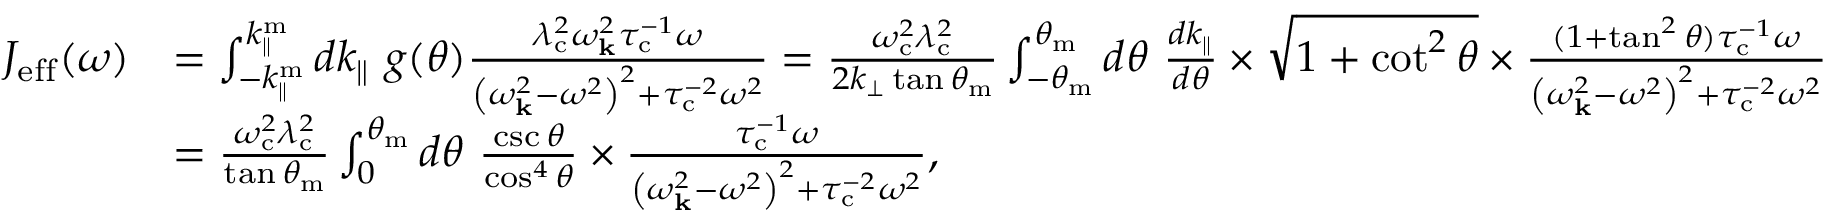
\begin{array} { r l } { J _ { \mathrm { e f f } } ( \omega ) } & { = \int _ { - k _ { \parallel } ^ { \mathrm { m } } } ^ { k _ { \parallel } ^ { \mathrm { m } } } d k _ { \parallel } ~ g ( \theta ) \frac { \lambda _ { \mathrm { c } } ^ { 2 } \omega _ { \mathbf { k } } ^ { 2 } \tau _ { \mathrm { c } } ^ { - 1 } \omega } { \left( \omega _ { \mathbf { k } } ^ { 2 } - \omega ^ { 2 } \right) ^ { 2 } + \tau _ { \mathrm { c } } ^ { - 2 } \omega ^ { 2 } } = \frac { \omega _ { \mathrm { c } } ^ { 2 } \lambda _ { \mathrm { c } } ^ { 2 } } { 2 k _ { \perp } \tan \theta _ { \mathrm { m } } } \int _ { - \theta _ { \mathrm { m } } } ^ { \theta _ { \mathrm { m } } } d \theta ~ \frac { d k _ { \parallel } } { d \theta } \times \sqrt { 1 + \cot ^ { 2 } \theta } \times \frac { ( 1 + \tan ^ { 2 } \theta ) \tau _ { \mathrm { c } } ^ { - 1 } \omega } { \left( \omega _ { \mathbf { k } } ^ { 2 } - \omega ^ { 2 } \right) ^ { 2 } + \tau _ { \mathrm { c } } ^ { - 2 } \omega ^ { 2 } } } \\ & { = \frac { \omega _ { \mathrm { c } } ^ { 2 } \lambda _ { \mathrm { c } } ^ { 2 } } { \tan \theta _ { \mathrm { m } } } \int _ { 0 } ^ { \theta _ { \mathrm { m } } } d \theta \ \frac { \csc \theta } { \cos ^ { 4 } \theta } \times \frac { \tau _ { \mathrm { c } } ^ { - 1 } \omega } { \left( \omega _ { \mathbf { k } } ^ { 2 } - \omega ^ { 2 } \right) ^ { 2 } + \tau _ { \mathrm { c } } ^ { - 2 } \omega ^ { 2 } } , } \end{array}